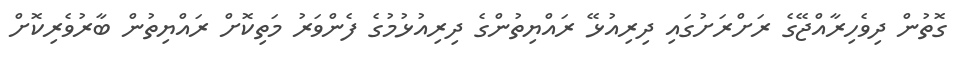
ގޮތުން ދިވެހިރާއްޖޭގެ ރަށްރަށުގައި ދިރިއުޅޭ ރައްޔިތުންގެ ދިރިއުޅުމުގެ ފެންވަރު މަތިކޮށް ރައްޔިތުން ބާރުވެރިކޮށް